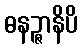
ဓနဉ္ဇာနိပိ